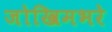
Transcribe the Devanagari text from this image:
जोखिमभरे